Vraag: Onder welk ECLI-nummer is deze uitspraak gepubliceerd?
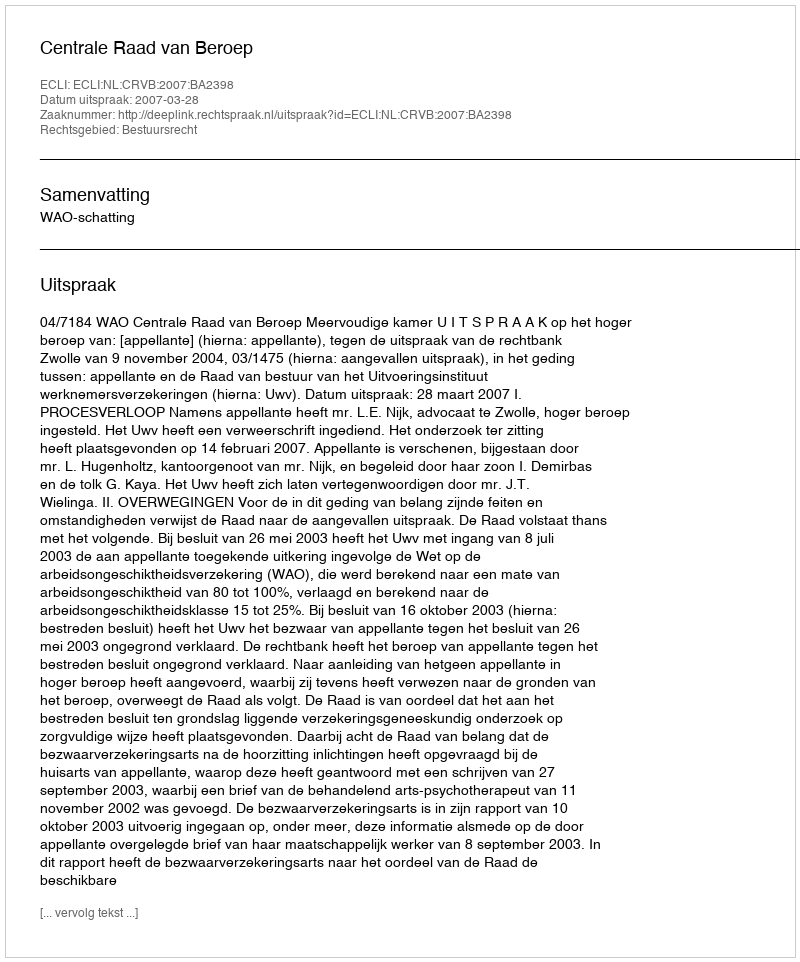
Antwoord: ECLI:NL:CRVB:2007:BA2398